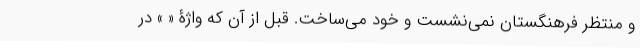
و منتظر فرهنگستان نمی‌نشست و خود می‌ساخت. قبل از آن که واژۀ « » در